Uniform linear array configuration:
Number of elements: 32
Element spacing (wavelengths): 0.5
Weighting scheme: blackman
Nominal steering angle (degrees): -45
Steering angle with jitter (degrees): -43.697
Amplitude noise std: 0.05
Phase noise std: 0.05

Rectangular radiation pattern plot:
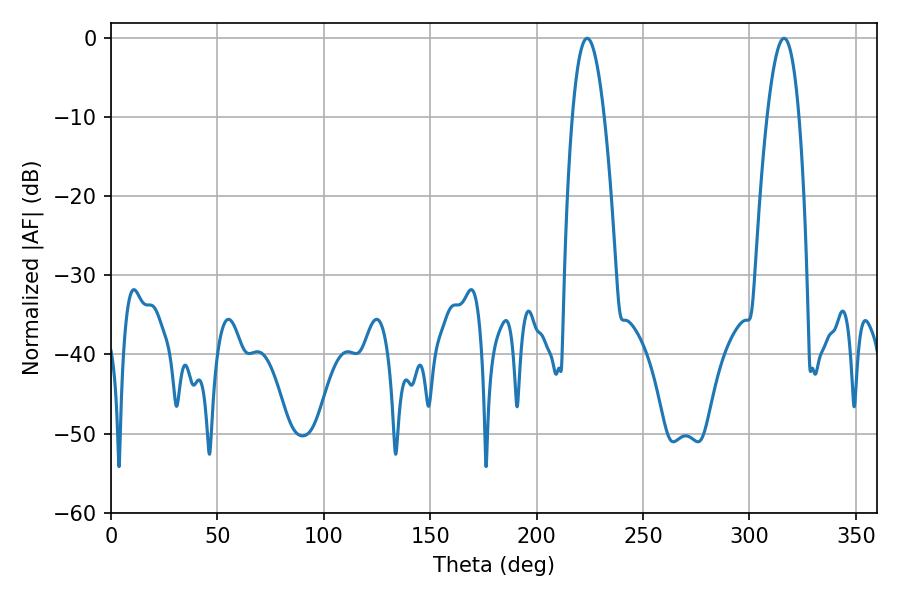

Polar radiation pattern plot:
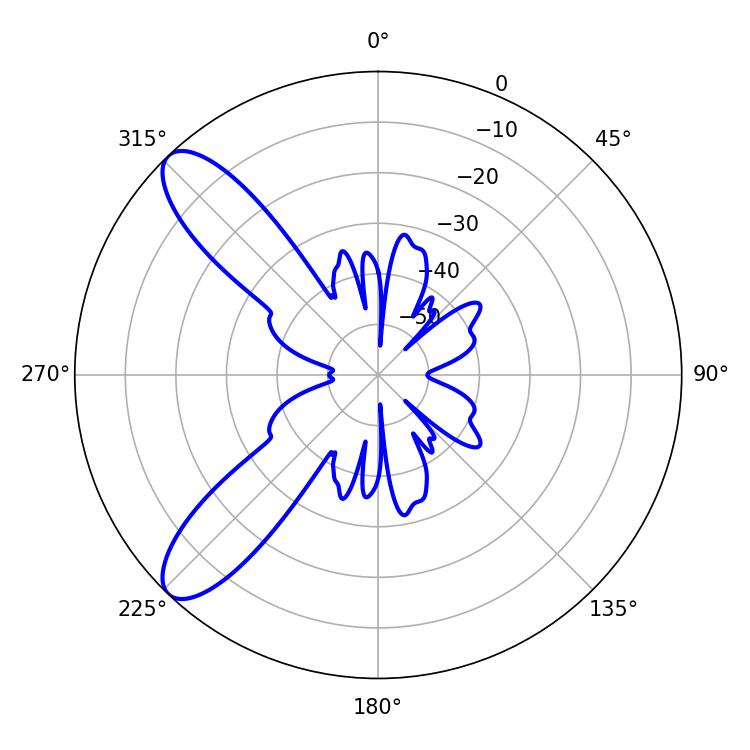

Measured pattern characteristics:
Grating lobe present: FALSE
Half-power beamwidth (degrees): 8.28
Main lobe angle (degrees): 316.26